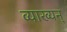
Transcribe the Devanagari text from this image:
व्याख्यन्